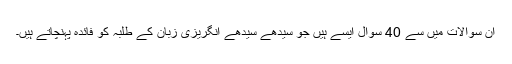
ان سوالات میں سے 40 سوال ایسے ہیں جو سیدھے سیدھے انگریزی زبان کے طلبہ کو فائدہ پہنچاتے ہیں۔